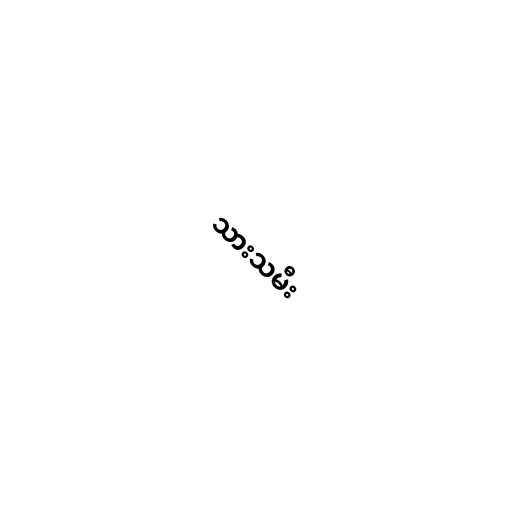
သားသမီး